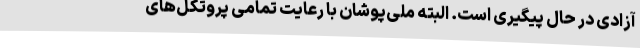
آزادی در حال پیگیری است. البته ملی‌پوشان با رعایت تمامی پروتکل‌های